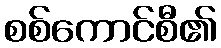
စစ်ကောင်စီ၏